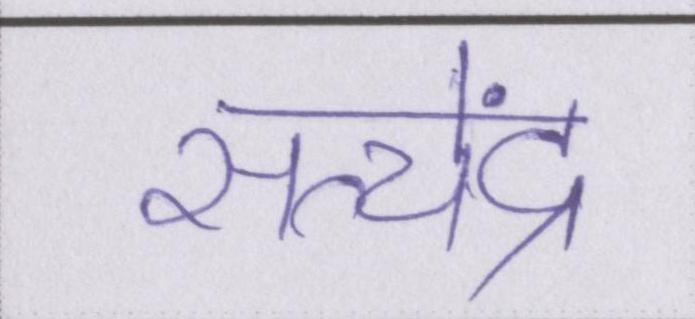
सत्येंद्र